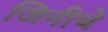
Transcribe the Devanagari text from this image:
जिनीचे